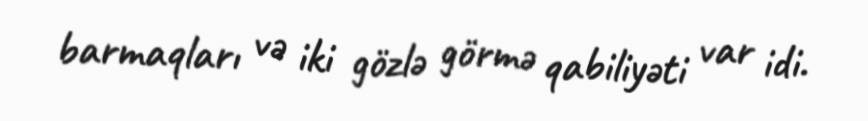
barmaqları və iki gözlə görmə qabiliyəti var idi.